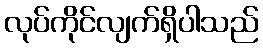
လုပ်ကိုင်လျက်ရှိပါသည်